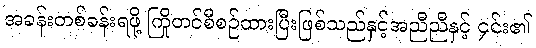
အခန်းတစ်ခန်းရဖို့ ကြိုတင်စီစဉ်ထားပြီးဖြစ်သည်နှင့်အညီညီနှင့် ၄င်း၏